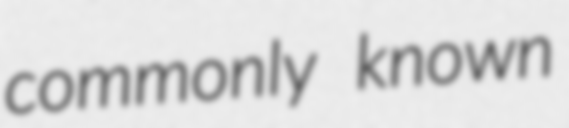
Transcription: commonly known